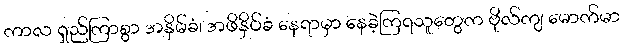
ကာလ ရှည်ကြာစွာ အနှိမ်ခံ၊ အဖိနှိပ်ခံ နေရာမှာ နေခဲ့ကြရသူတွေက ဗိုလ်ကျ မောက်မာ